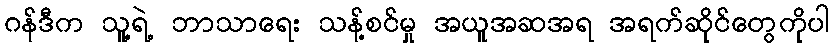
ဂန်ဒီက သူ့ရဲ့ ဘာသာရေး သန့်စင်မှု အယူအဆအရ အရက်ဆိုင်တွေကိုပါ